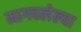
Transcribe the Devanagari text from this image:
मागवलेल्या